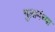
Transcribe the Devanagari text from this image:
गुलामंच्या